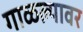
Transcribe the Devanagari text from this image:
गाळल्यावर